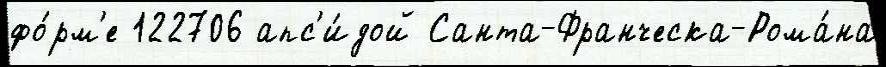
фо́рм'е 122706 апс'и́дой Санта-Франческа-Рома́на